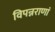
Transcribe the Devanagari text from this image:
विपन्नराणां